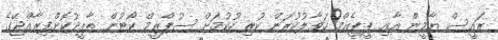
ރައީސް ޔާމީން އާއި ޕީޕީއެމް ހަވާލުކުރަން ކުރި ހުކުމަށް ސުޕްރީމް ކޯޓުން ތާއީދުކޮށްފިރާއްޖޭގެ